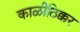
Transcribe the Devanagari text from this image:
काळीठिक्कर